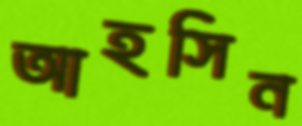
আহসিন